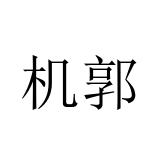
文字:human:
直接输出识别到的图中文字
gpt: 机郭